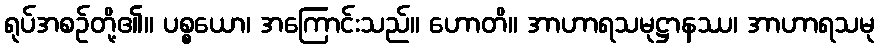
ရုပ်အစဉ်တို့၏။ ပစ္စယော၊ အကြောင်းသည်။ ဟောတိ။ အာဟာရသမုဋ္ဌာနဿ၊ အာဟာရသမု